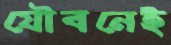
যৌবনেই